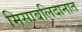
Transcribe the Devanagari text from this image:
मिसाबलिदानात